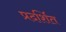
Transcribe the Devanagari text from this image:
प्रदर्शित